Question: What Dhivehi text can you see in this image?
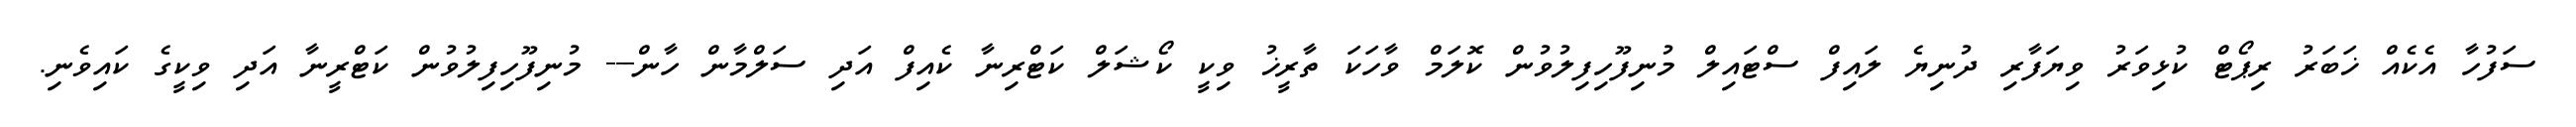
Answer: ސަފުހާ އެކެއް ޚަބަރު ރިޕޯޓް ކުޅިވަރު ވިޔަފާރި ދުނިޔެ ލައިފް ސްޓައިލް މުނިފޫހިފިލުވުން ކޮލަމް ވާހަކަ ތާރީޚު ވިކީ ކޯޝަލް ކަޓްރިނާ ކެއިފް އަދި ސަލްމާން ހާން--- މުނިފޫހިފިލުވުން ކަޓްރީނާ އަދި ވިކީގެ ކައިވެނި.